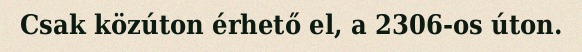
Csak közúton érhető el, a 2306-os úton.